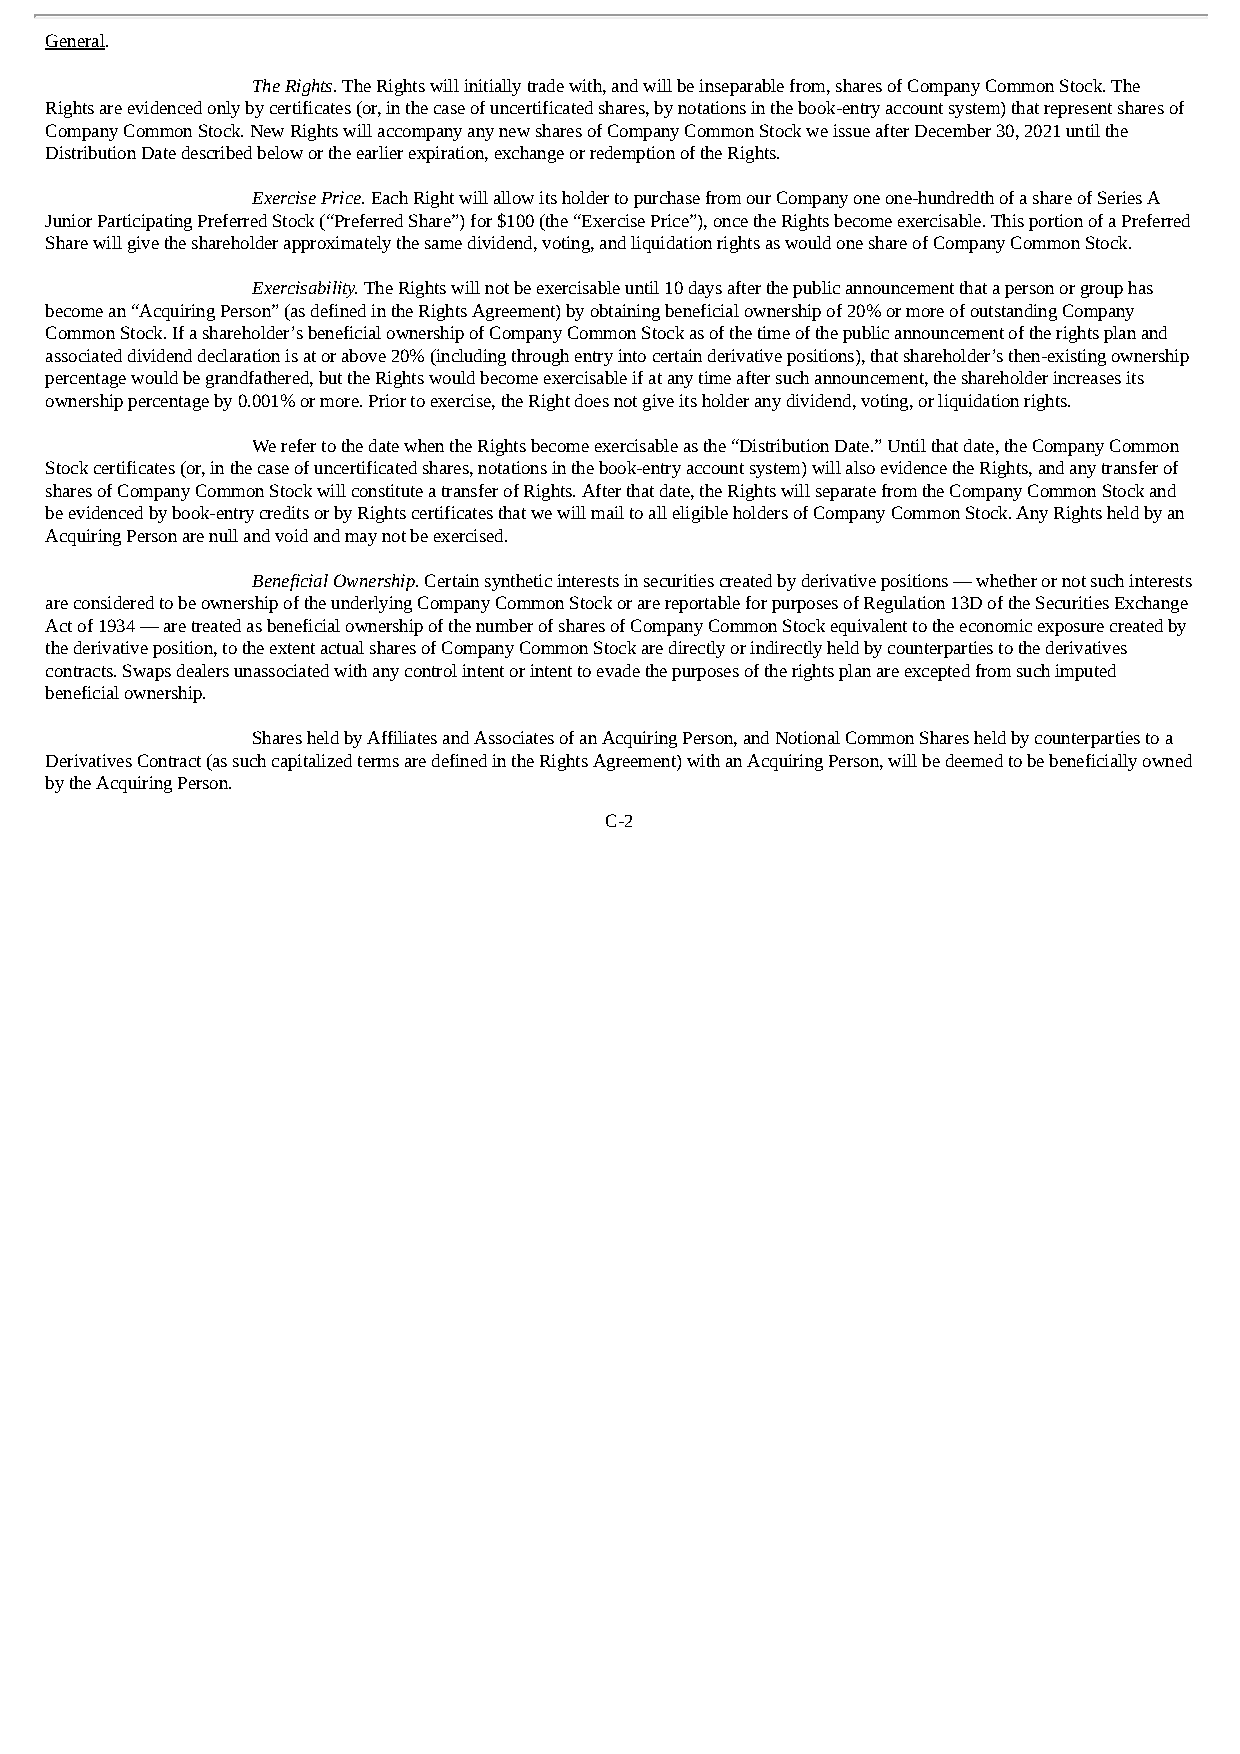
General.
 The Rights. The Rights will initially trade with, and will be inseparable from, shares of Company Common Stock. The
 Rights are evidenced only by certificates (or, in the case of uncertificated shares, by notations in the book-entry account system) that represent shares of
 Company Common Stock. New Rights will accompany any new shares of Company Common Stock we issue after December 30, 2021 until the
 Distribution Date described below or the earlier expiration, exchange or redemption of the Rights.
 Exercise Price. Each Right will allow its holder to purchase from our Company one one-hundredth of a share of Series A
 Junior Participating Preferred Stock (“Preferred Share”) for $100 (the “Exercise Price”), once the Rights become exercisable. This portion of a Preferred
 Share will give the shareholder approximately the same dividend, voting, and liquidation rights as would one share of Company Common Stock.
 Exercisability. The Rights will not be exercisable until 10 days after the public announcement that a person or group has
 become an “Acquiring Person” (as defined in the Rights Agreement) by obtaining beneficial ownership of 20% or more of outstanding Company
 Common Stock. If a shareholder’s beneficial ownership of Company Common Stock as of the time of the public announcement of the rights plan and
 associated dividend declaration is at or above 20% (including through entry into certain derivative positions), that shareholder’s then-existing ownership
 percentage would be grandfathered, but the Rights would become exercisable if at any time after such announcement, the shareholder increases its
 ownership percentage by 0.001% or more. Prior to exercise, the Right does not give its holder any dividend, voting, or liquidation rights.
 We refer to the date when the Rights become exercisable as the “Distribution Date.” Until that date, the Company Common
 Stock certificates (or, in the case of uncertificated shares, notations in the book-entry account system) will also evidence the Rights, and any transfer of
 shares of Company Common Stock will constitute a transfer of Rights. After that date, the Rights will separate from the Company Common Stock and
 be evidenced by book-entry credits or by Rights certificates that we will mail to all eligible holders of Company Common Stock. Any Rights held by an
 Acquiring Person are null and void and may not be exercised.
 Beneficial Ownership. Certain synthetic interests in securities created by derivative positions — whether or not such interests
 are considered to be ownership of the underlying Company Common Stock or are reportable for purposes of Regulation 13D of the Securities Exchange
 Act of 1934 — are treated as beneficial ownership of the number of shares of Company Common Stock equivalent to the economic exposure created by
 the derivative position, to the extent actual shares of Company Common Stock are directly or indirectly held by counterparties to the derivatives
 contracts. Swaps dealers unassociated with any control intent or intent to evade the purposes of the rights plan are excepted from such imputed
 beneficial ownership.
 Shares held by Affiliates and Associates of an Acquiring Person, and Notional Common Shares held by counterparties to a
 Derivatives Contract (as such capitalized terms are defined in the Rights Agreement) with an Acquiring Person, will be deemed to be beneficially owned
 by the Acquiring Person.
 C-2